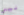
ليس